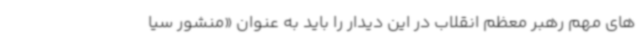
های مهم رهبر معظم انقلاب در این دیدار را باید به عنوان «منشور سیا